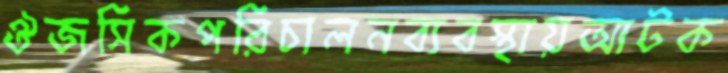
ঔজসিকপরিচালনব্যবস্থায়আটক